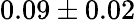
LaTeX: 0.09\pm 0.02